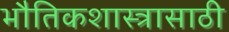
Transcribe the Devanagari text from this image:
भौतिकशास्त्रासाठी